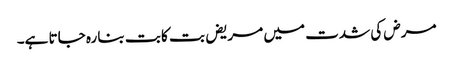
مرض کی شدت میں مریض بت کا بت بنا رہ جاتا ہے۔